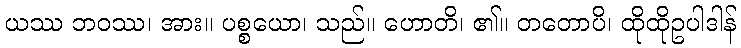
ယဿ ဘဝဿ၊ အား။ ပစ္စယော၊ သည်။ ဟောတိ၊ ၏။ တတောပိ၊ ထိုထိုဥပါဒါန်